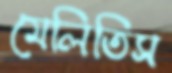
মেলিতিস